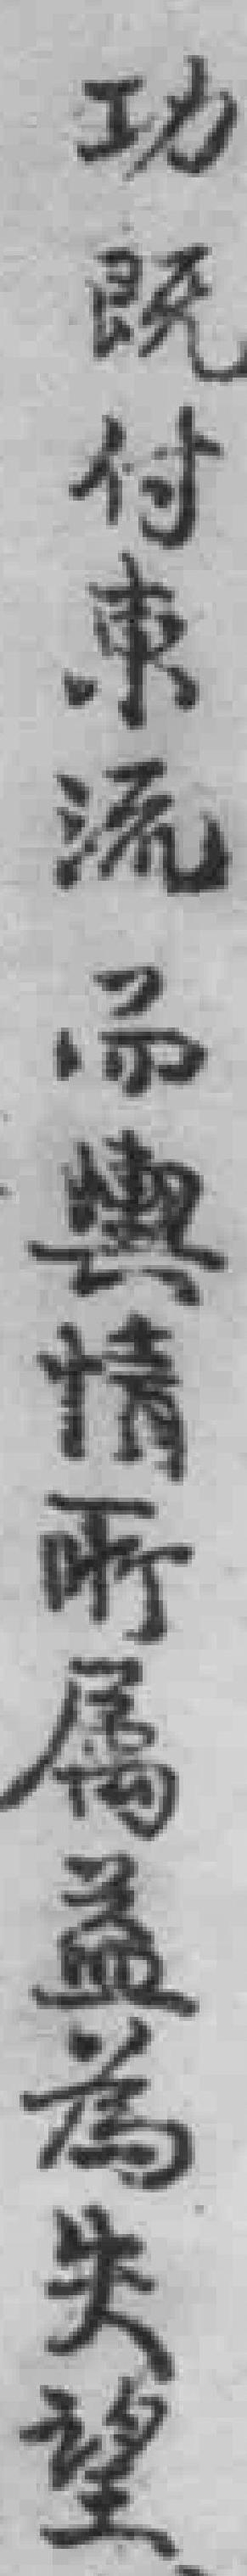
功既付東流而與情所屬益為失望